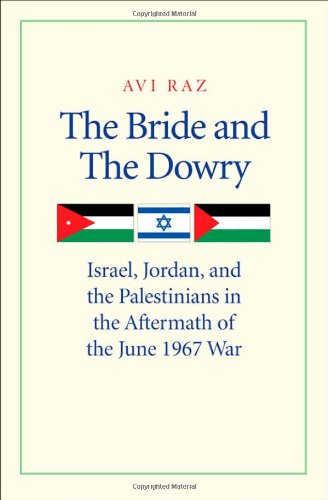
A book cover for The Bride and the Dowry: Israel, Jordan, and the Palestinians in the Aftermath of the June 1967 War; Avi Raz; History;